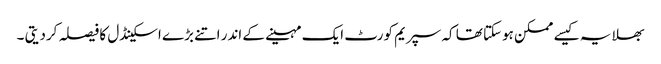
بھلا یہ کیسے ممکن ہوسکتا تھا کہ سپریم کورٹ ایک مہینے کے اندر اتنے بڑے اسکینڈل کا فیصلہ کردیتی ۔